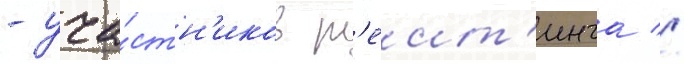
- уча́стн'иков р'еит'инга //